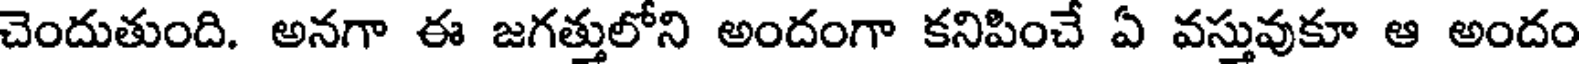
చెందుతుంది. అనగా ఈ జగత్తులోని అందంగా కనిపించే ఏ వస్తువుకూ ఆ అందం